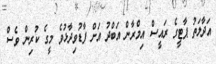
އަދާލަތު ޕާޓީގެ ރައީސް އިމްރާން އަބްދު އަށް ފާޑުވިދާޅުވެ މީގެ ކުރިން ވެސް